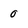
Character: O